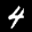
Label: 4